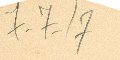
7-7-17